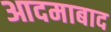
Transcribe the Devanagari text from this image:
आदमाबाद